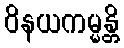
ဝိနယကမ္မန္တိ